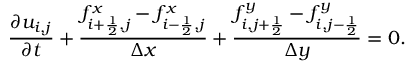
\frac { \partial u _ { i , j } } { \partial t } + \frac { f _ { i + \frac { 1 } { 2 } , j } ^ { x } - f _ { i - \frac { 1 } { 2 } , j } ^ { x } } { \Delta x } + \frac { f _ { i , j + \frac { 1 } { 2 } } ^ { y } - f _ { i , j - \frac { 1 } { 2 } } ^ { y } } { \Delta y } = 0 .